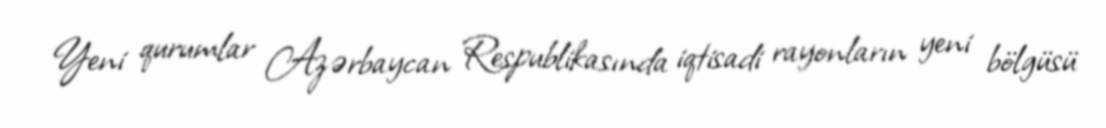
Yeni qurumlar Azərbaycan Respublikasında iqtisadi rayonların yeni bölgüsü